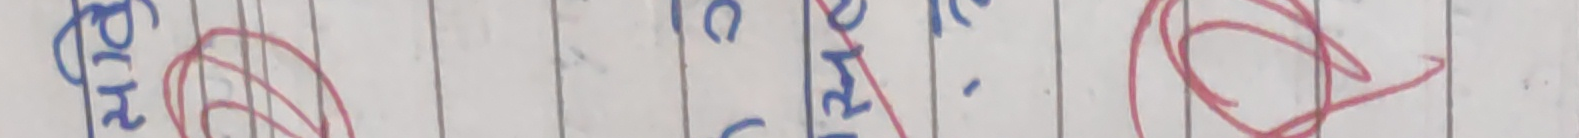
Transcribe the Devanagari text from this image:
हरि एक टेर रेमसा